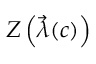
Z \left( \vec { \lambda } ( c ) \right)